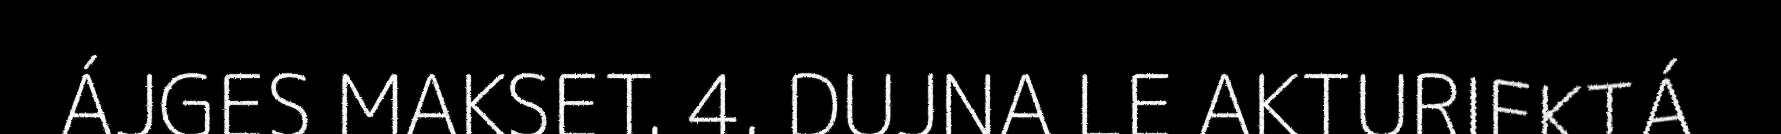
ÁJGES MAKSET. 4. DUJNA LE AKTURIEKTÁ